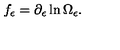
f _ { \epsilon } = \partial _ { \epsilon } \ln \Omega _ { \epsilon } .